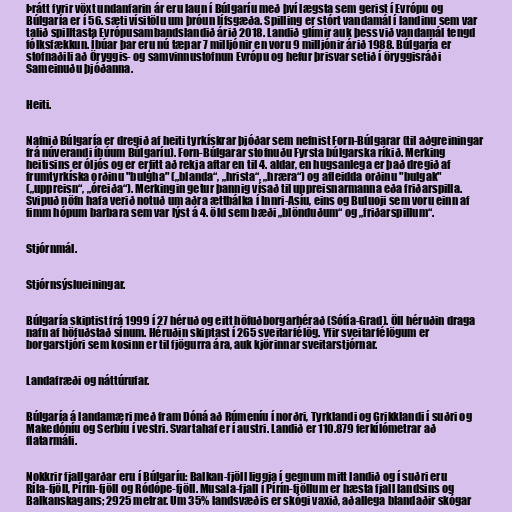
Þrátt fyrir vöxt undanfarin ár eru laun í Búlgaríu með því lægsta sem gerist í Evrópu og
Búlgaría er í 56. sæti vísitölu um þróun lífsgæða. Spilling er stórt vandamál í landinu sem var
talið spilltasta Evrópusambandslandið árið 2018. Landið glímir auk þess við vandamál tengd
fólksfækkun. Íbúar þar eru nú tæpar 7 milljónir en voru 9 milljónir árið 1988. Búlgaría er
stofnaðili að Öryggis- og samvinnustofnun Evrópu og hefur þrisvar setið í öryggisráði
Sameinuðu þjóðanna.

Heiti.

Nafnið Búlgaría er dregið af heiti tyrkískrar þjóðar sem nefnist Forn-Búlgarar (til aðgreiningar
frá núverandi íbúum Búlgaríu). Forn-Búlgarar stofnuðu Fyrsta búlgarska ríkið. Merking
heitisins er óljós og er erfitt að rekja aftar en til 4. aldar, en hugsanlega er það dregið af
frumtyrkíska orðinu "bulģha" („blanda“, „hrista“, „hræra“) og afleidda orðinu "bulgak"
(„uppreisn“, „óreiða“). Merkingin getur þannig vísað til uppreisnarmanna eða friðarspilla.
Svipuð nöfn hafa verið notuð um aðra ættbálka í Innri-Asíu, eins og Buluoji sem voru einn af
fimm hópum barbara sem var lýst á 4. öld sem bæði „blönduðum“ og „friðarspillum“.

Stjórnmál.

Stjórnsýslueiningar.

Búlgaría skiptist frá 1999 í 27 héruð og eitt höfuðborgarhérað (Sófía-Grad). Öll héruðin draga
nafn af höfuðstað sínum. Héruðin skiptast í 265 sveitarfélög. Yfir sveitarfélögum er
borgarstjóri sem kosinn er til fjögurra ára, auk kjörinnar sveitarstjórnar.

Landafræði og náttúrufar.

Búlgaría á landamæri með fram Dóná að Rúmeníu í norðri, Tyrklandi og Grikklandi í suðri og
Makedóníu og Serbíu í vestri. Svartahaf er í austri. Landið er 110.879 ferkílómetrar að
flatarmáli.

Nokkrir fjallgarðar eru í Búlgaríu: Balkan-fjöll liggja í gegnum mitt landið og í suðri eru
Ríla-fjöll, Pírín-fjöll og Ródópe-fjöll. Musala-fjall í Pírín-fjöllum er hæsta fjall landsins og
Balkanskagans; 2925 metrar. Um 35% landsvæðis er skógi vaxið, aðallega blandaðir skógar